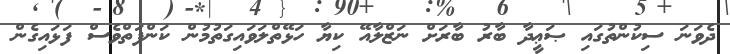
ދެވަނަ ސިކުންތުގައި ޞަޢީދާ ބާރު ބާރަށް ނަޒްލާއޭ ކިޔާ ހަޅޭތްލަވައިގަތުމުން ކަންފަތްވެސް ފަޅައިގެން